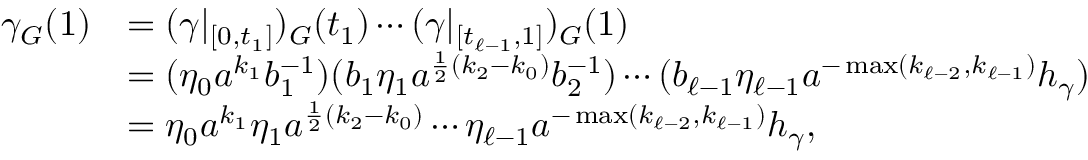
\begin{array} { r l } { \gamma _ { G } ( 1 ) } & { = ( \gamma | _ { [ 0 , t _ { 1 } ] } ) _ { G } ( t _ { 1 } ) \cdots ( \gamma | _ { [ t _ { \ell - 1 } , 1 ] } ) _ { G } ( 1 ) } \\ & { = ( \eta _ { 0 } a ^ { k _ { 1 } } b _ { 1 } ^ { - 1 } ) ( b _ { 1 } \eta _ { 1 } a ^ { \frac { 1 } { 2 } ( k _ { 2 } - k _ { 0 } ) } b _ { 2 } ^ { - 1 } ) \cdots ( b _ { \ell - 1 } \eta _ { \ell - 1 } a ^ { - \operatorname* { m a x } ( k _ { \ell - 2 } , k _ { \ell - 1 } ) } h _ { \gamma } ) } \\ & { = \eta _ { 0 } a ^ { k _ { 1 } } \eta _ { 1 } a ^ { \frac { 1 } { 2 } ( k _ { 2 } - k _ { 0 } ) } \cdots \eta _ { \ell - 1 } a ^ { - \operatorname* { m a x } ( k _ { \ell - 2 } , k _ { \ell - 1 } ) } h _ { \gamma } , } \end{array}